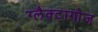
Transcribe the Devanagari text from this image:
ग्लैक्टागोज